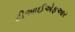
ટીઆઈએફઆર